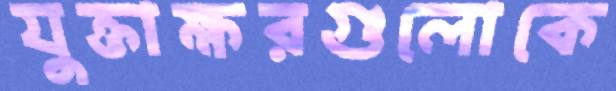
যুক্তাক্ষরগুলোকে